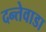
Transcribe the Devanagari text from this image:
दन्तेवाडा